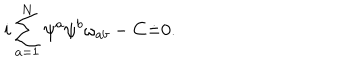
i \sum _ { a = 1 } ^ { N } \psi ^ { a } \psi ^ { b } \omega _ { a b } - C \dot { = } 0 .